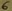
Text: 6